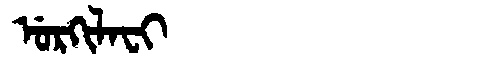
Manchu: ᡠᡵᡴᡳᠯᠠᠸᡳ
Romanization: URKILAFI